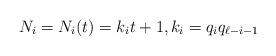
LaTeX: \begin{align*}N_i = N_i(t) = k_i t + 1, k_i = q_iq_{\ell-i-1}\end{align*}